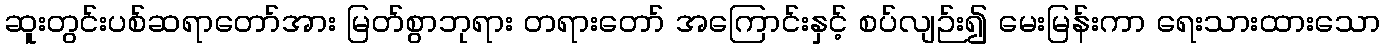
ဆူးတွင်းပစ်ဆရာတော်အား မြတ်စွာဘုရား တရားတော် အကြောင်းနှင့် စပ်လျဉ်း၍ မေးမြန်းကာ ရေးသားထားသော